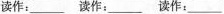
读作:___ 读作:___ 读作:___